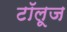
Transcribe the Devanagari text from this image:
टॉलूज